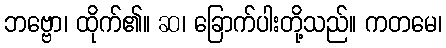
ဘဗ္ဗော၊ ထိုက်၏။ ဆ၊ ခြောက်ပါးတို့သည်။ ကတမေ၊